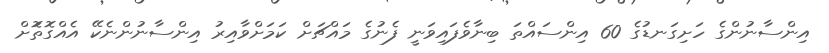
އިންސާނުންގެ ހަށިގަނޑުގެ 60 އިންސައްތަ ބިނާވެފައިވަނީ ފެނުގެ މައްޗަށް ކަމަށްވާއިރު އިންސާނުންނެކޭ އެއްގޮތޮަށް